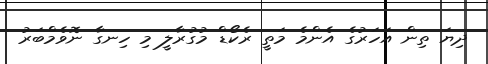
ދިޔަ ތިން އަހަރުގެ އެންމެ މަތީ ރެކޯޑް މުގުރާލީ މި ހިނގާ ނޮވެމްބަރު